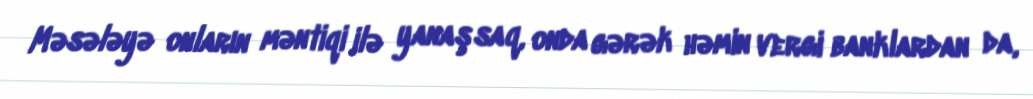
Məsələyə onların məntiqi ilə yanaşsaq, onda gərək həmin vergi banklardan da,